Plague in India, 1896, 1897 - Volume 3
Year: 1896
Disease focus: Plague
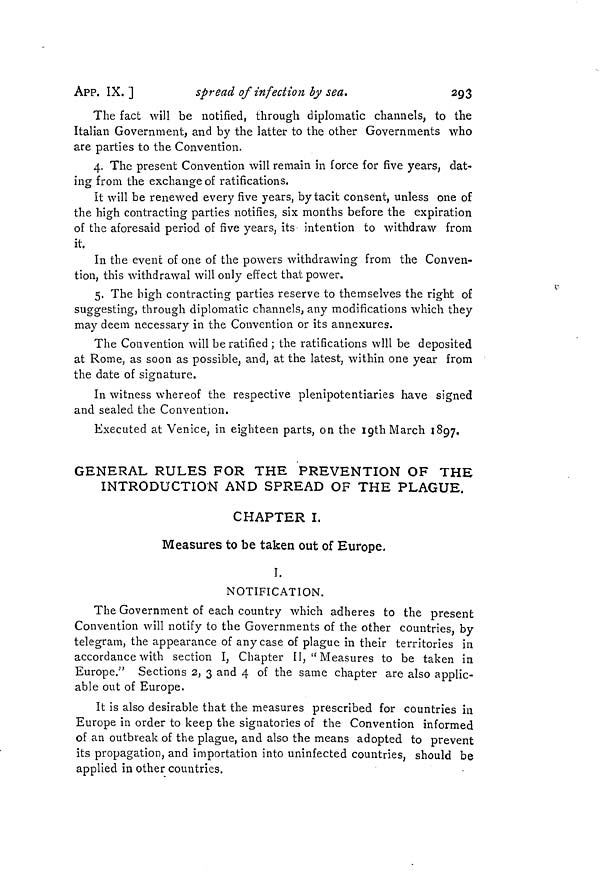
APP. IX. ]
spread of infection by sect.
293
The fact will be notified, through diplomatic channels, to the
Italian Government, and by the latter to the other Governments who
are parties to the Convention.
4. The present Convention will remain in force for five years, dat-
ing from the exchange of ratifications.
It will be renewed every five years, by tacit consent, unless one of
the high contracting parties notifies, six months before the expiration
of the aforesaid period of five years, its intention to withdraw from
it.
In the event of one of the powers withdrawing from the Conven-
tion, this withdrawal will only effect that, power.
5. The high contracting parties reserve to themselves the right of
suggesting, through diplomatic channels, any modifications which they
may deem necessary in the Convention or its annexures.
The Convention will be ratified ; the ratifications will be deposited
at Rome, as soon as possible, and, at the latest, within one year from
the date of signature.
In witness whereof the respective plenipotentiaries have signed
and sealed the Convention.
Executed at Venice, in eighteen parts, on the 19th March 1897.
GENERAL RULES FOR THE PREVENTION OF THE
INTRODUCTION AND SPREAD OF THE PLAGUE.
CHAPTER I.
Measures to be taken out of Europe.
I.
NOTIFICATION.
The Government of each country which adheres to the present
Convention will notify to the Governments of the other countries, by
telegram, the appearance of any case of plague in their territories in
accordance with section I, Chapter II, "Measures to be taken in
Europe." Sections 2, 3 and 4 of the same chapter are also applic-
able out of Europe.
It is also desirable that the measures prescribed for countries in
Europe in order to keep the signatories of the Convention informed
of an outbreak of the plague, and also the means adopted to prevent
its propagation, and importation into uninfected countries, should be
applied in other countries.